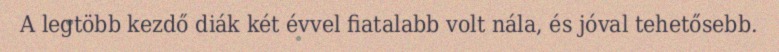
A legtöbb kezdő diák két évvel fiatalabb volt nála, és jóval tehetősebb.